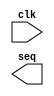
module seq(
    input clk,
    output seq
);







endmodule